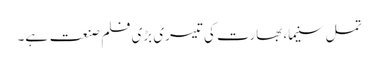
تمل سنیما، بھارت کی تیسری بڑی فلم صنعت ہے۔